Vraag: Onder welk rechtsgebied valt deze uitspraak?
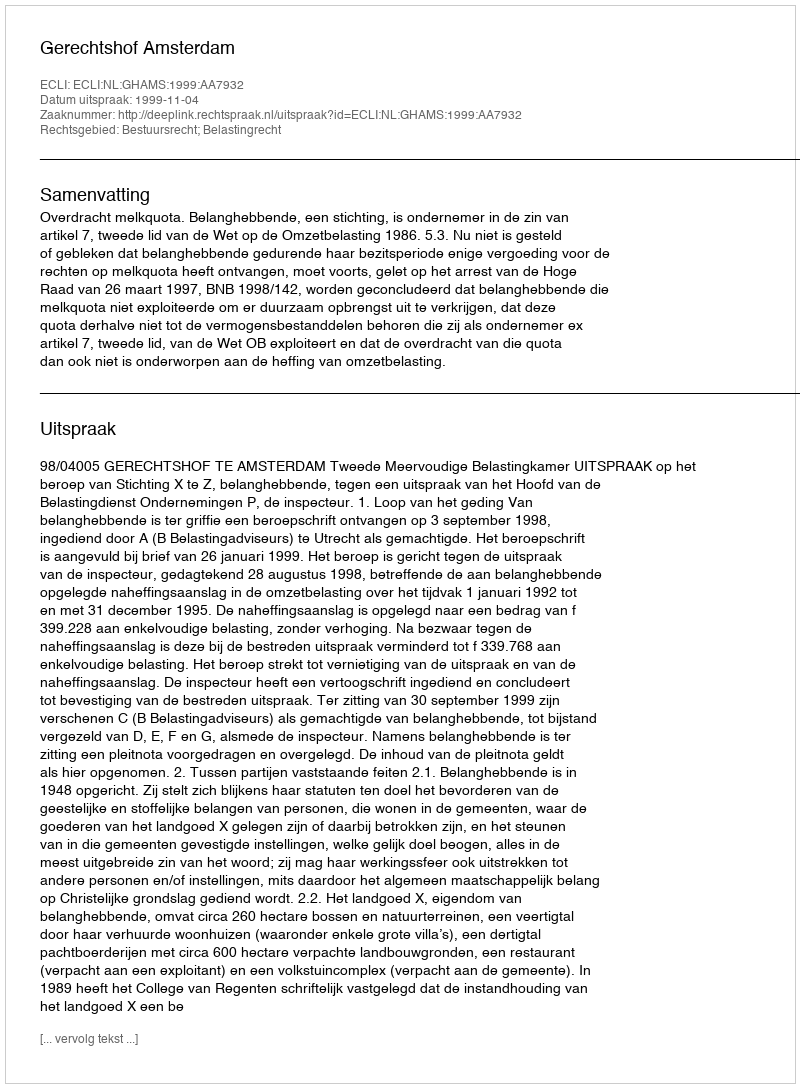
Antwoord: Bestuursrecht; Belastingrecht